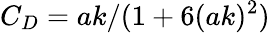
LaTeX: C_{D}=ak/(1+6(ak)^{2})